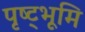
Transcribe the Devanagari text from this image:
पृष्ट्भूमि